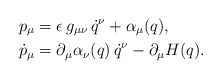
\begin{align*}p_\mu &= \epsilon\, g_{\mu \nu}\,\dot q^\nu + \alpha_\mu(q), \\\dot p_\mu &= \partial_\mu \alpha_\nu (q) \, \dot q^\nu - \partial_\mu H(q).\end{align*}